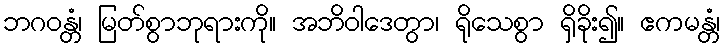
ဘဂဝန္တံ၊ မြတ်စွာဘုရားကို။ အဘိဝါဒေတွာ၊ ရိုသေစွာ ရှိခိုး၍။ ဧကမန္တံ၊